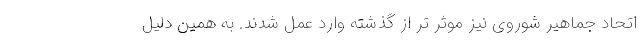
اتحاد جماهیر شوروی نیز موثر تر از گذشته وارد عمل شدند. به همین دلیل